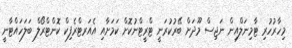
މިހާރުހުރި ޓާމިނަލްއިން ނަޖިސް މޫދަށް ބޭރުކުރަނީ ޓްރީޓްނުކޮށް ކަމަށާއި އެއަރޓްރެފިކް ކޮންޓްރޯލް ބަލަހައްޓާނީ